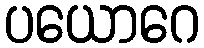
ပယောဂေ